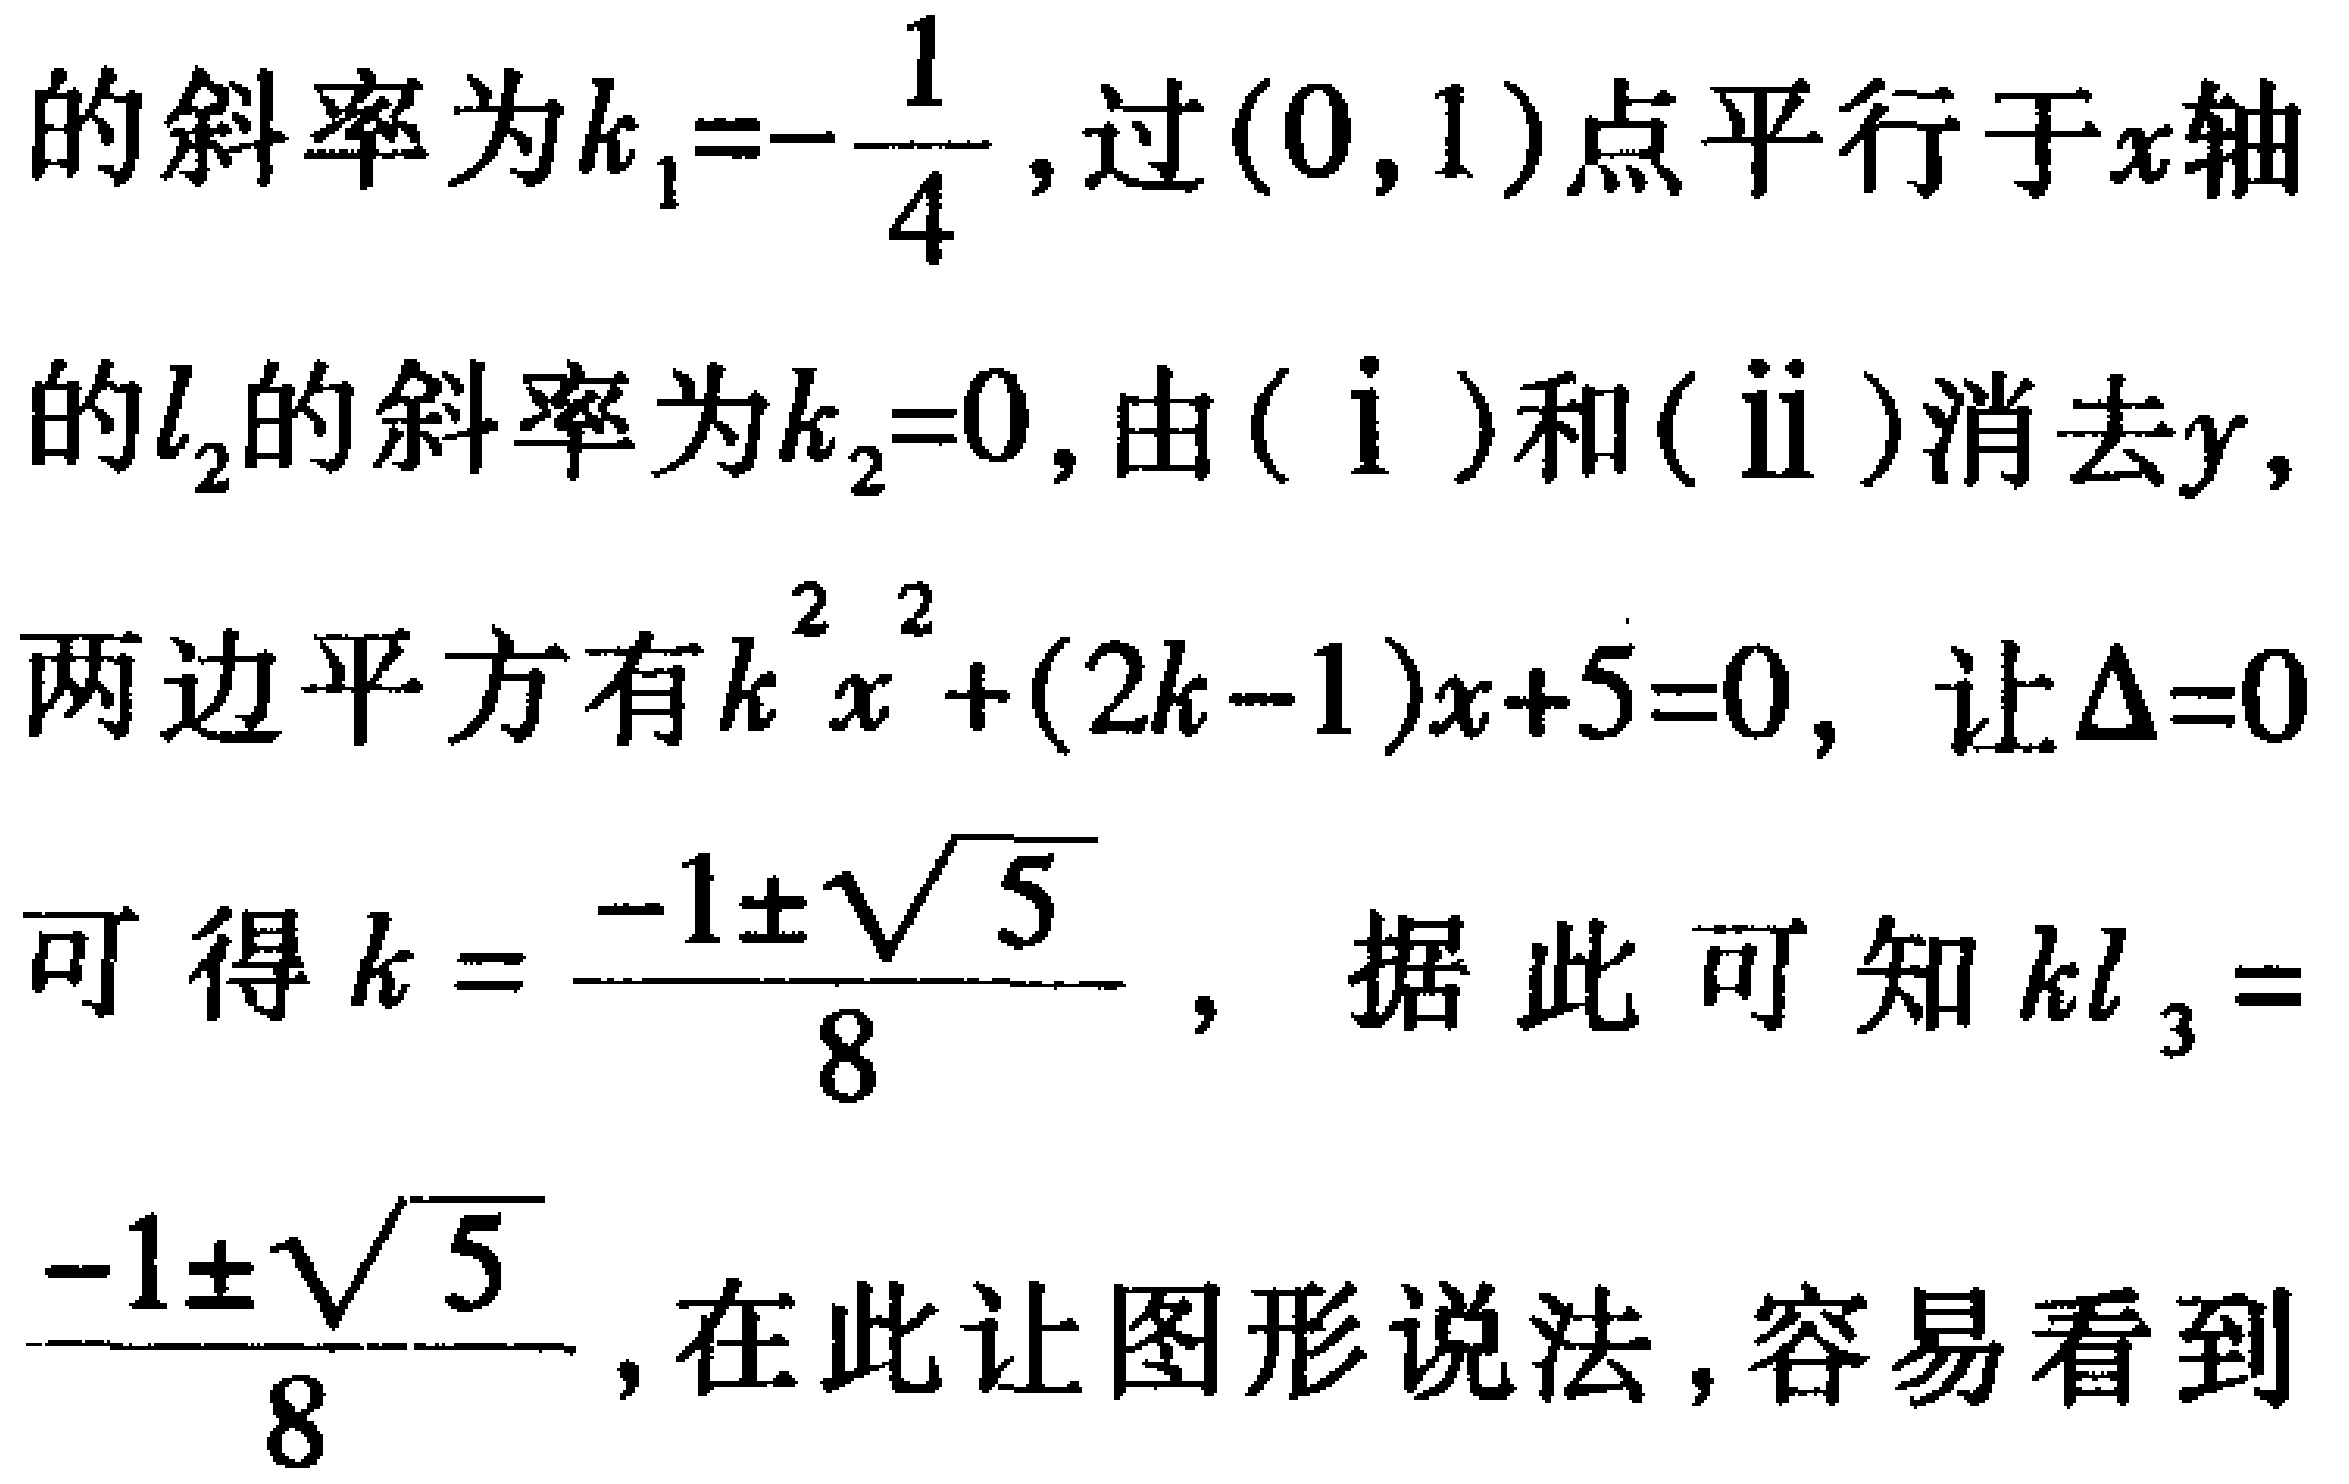
的斜率为\(k_1 = -\frac{1}{4}\)，过\((0,1)\)点平行于\(x\)轴

的\(l_2\)的斜率为\(k_2 = 0\)，由\((\mathrm{i})\)和\((\mathrm{ii})\)消去\(y\)，

两边平方有\(k^{2}x^{2}+(2k - 1)x + 5 = 0\)，让\(\Delta = 0\)

可得\(k = \frac{-1\pm\sqrt{5}}{8}\)，据此可知\(kl_3 =

\frac{-1\pm\sqrt{5}}{8}\)，在此让图形说法，容易看到